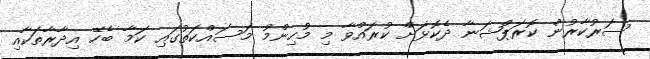
ސަރުކާރުން ކޮރަޕްޝަނާ ދެކޮޅަށް ކުރައްވާ މި މުހިންމު މަސައްކަތުގައި ކަމާ ބެހޭ އިދާރާތަކާއި